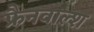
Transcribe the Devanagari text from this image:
फ्रैनवाल्श